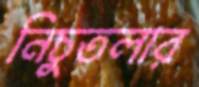
নিচুতলার